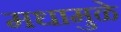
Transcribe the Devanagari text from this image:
मधामुळे